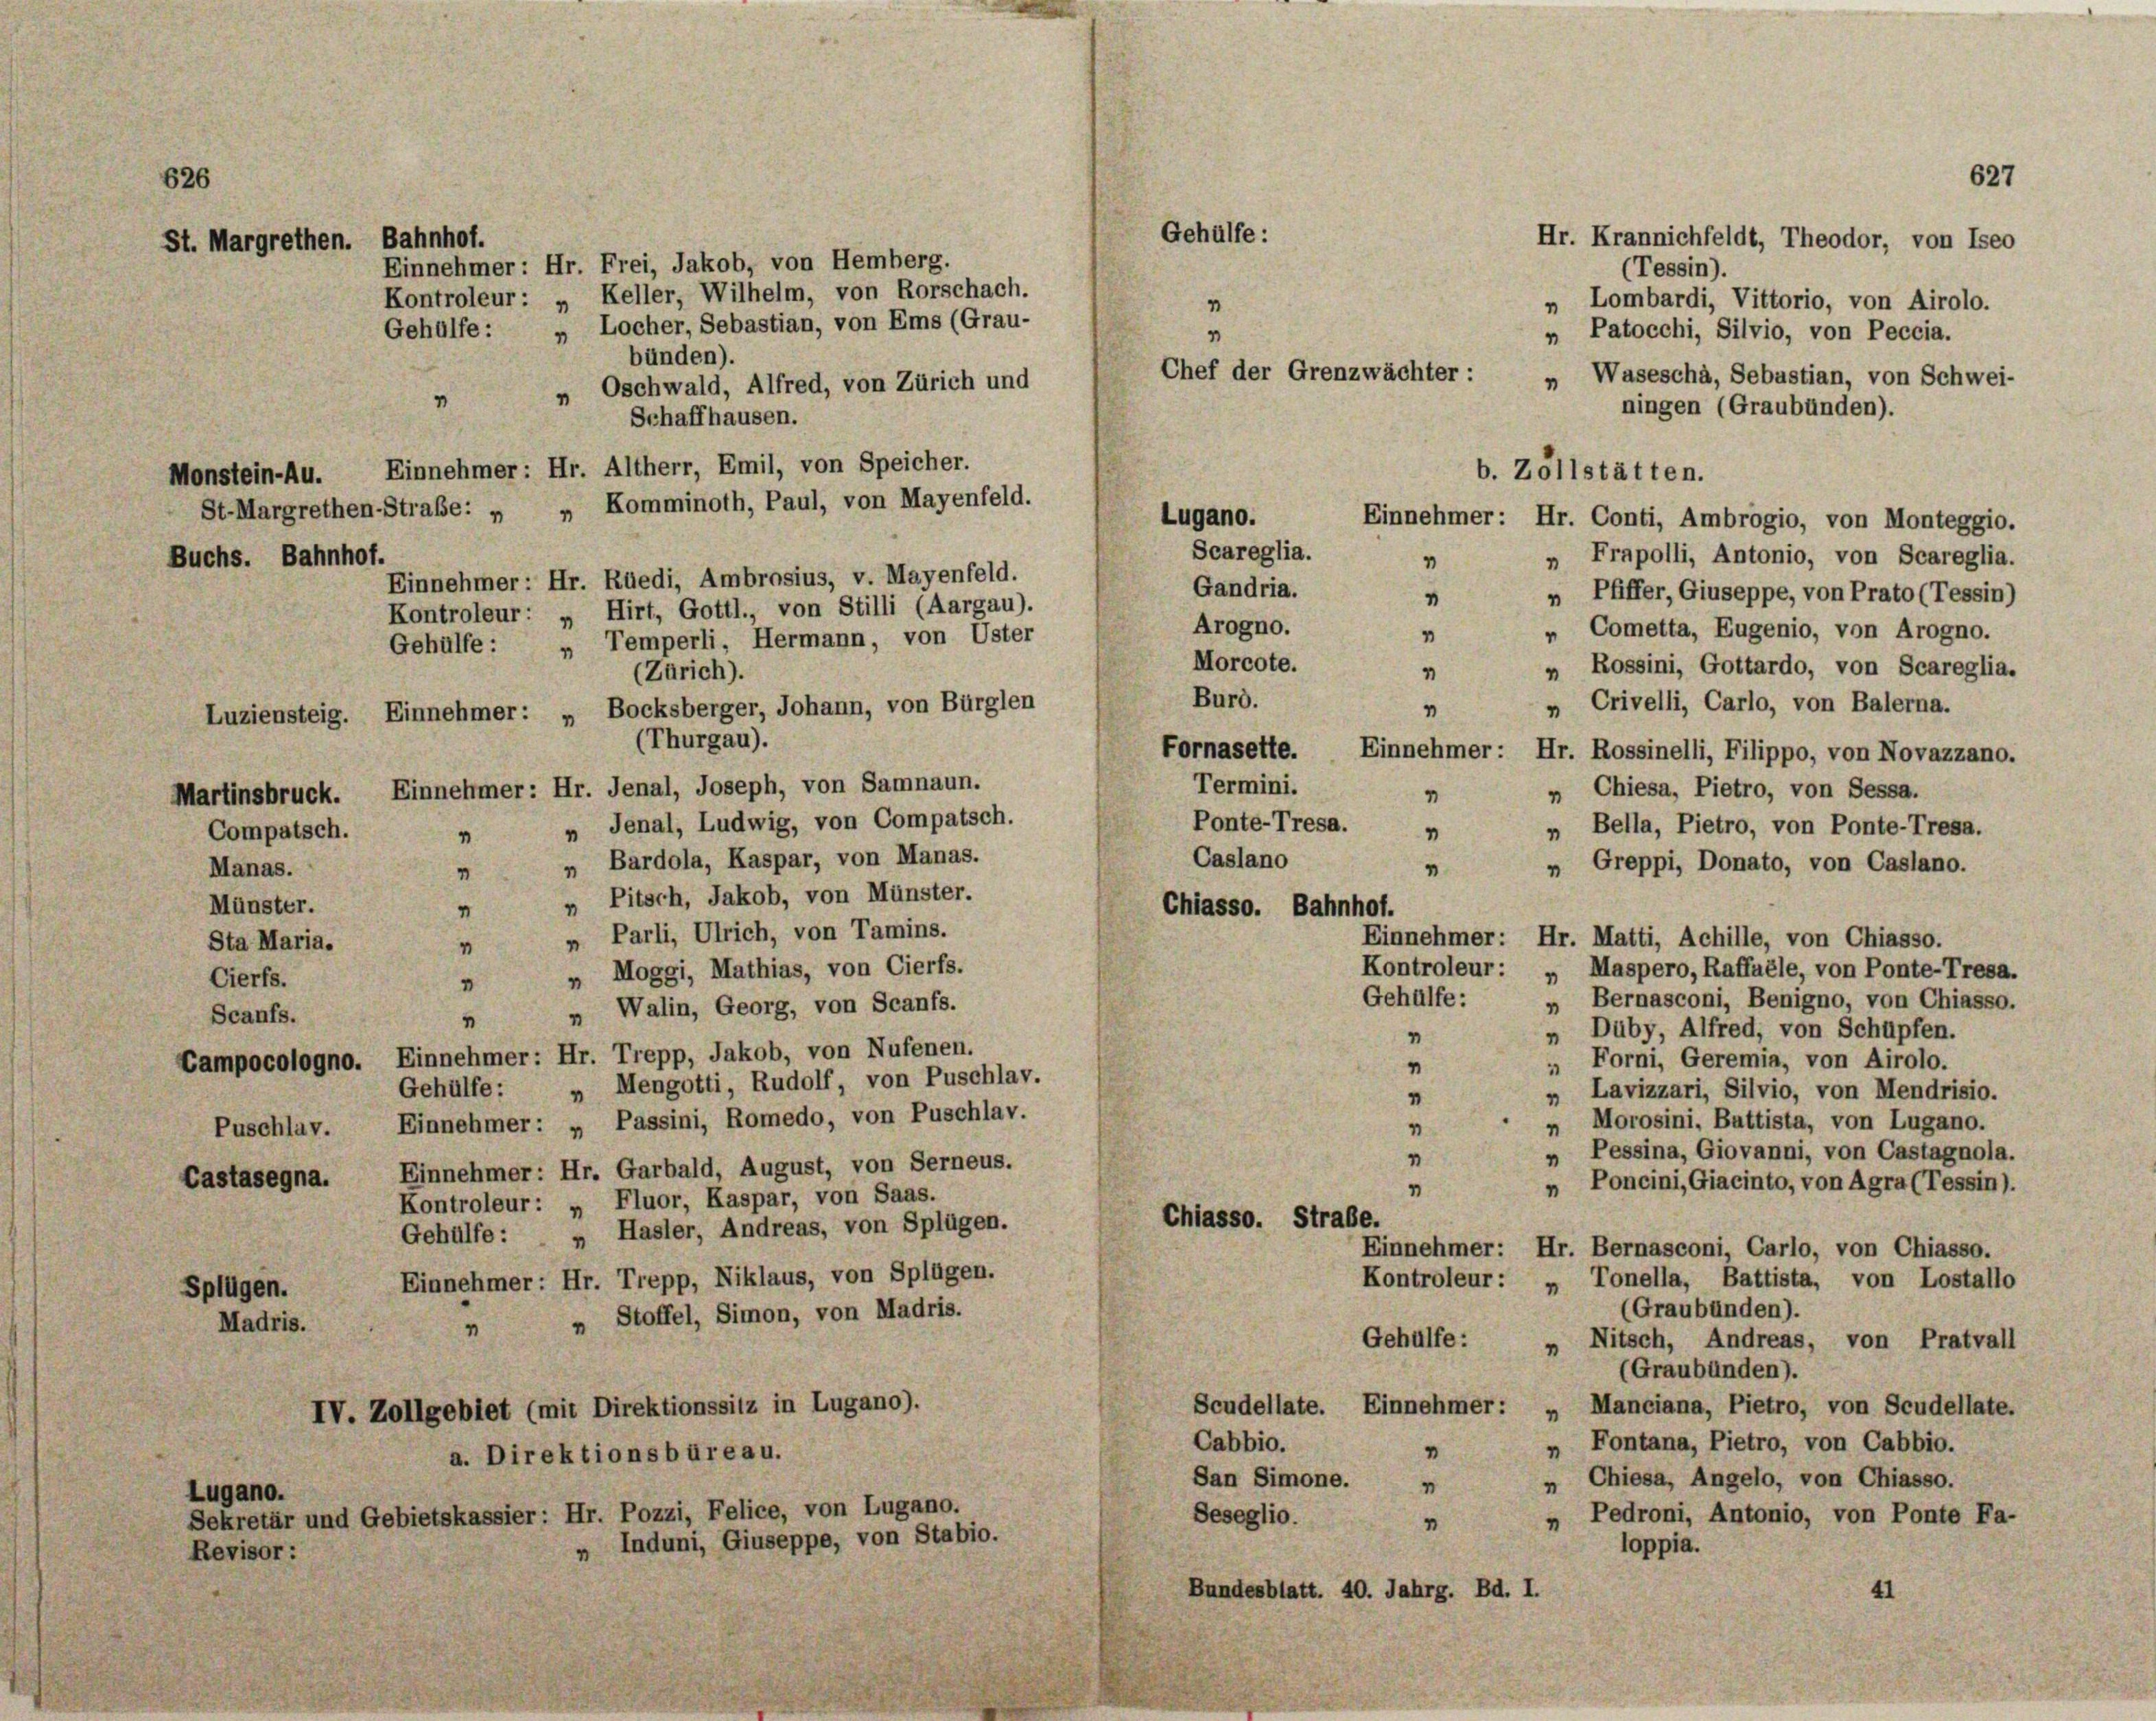
St. Margrethen. Bahnhof.

626

Einnehmer: Hr. Frei, Jakob, von Hemberg.
Kontroleur: „ Keller, Wilhelm, von Rorschach.
Gehülfe: „ Locher, Sebastian, von Ems (Grau-
bünden).
„ Oschwald, Alfred, von Zürich und
“
Schaffhausen.
Monstein-Au. Einnehmer: Hr. Altherr, Emil, von Speicher.
St. Margrethen Straße: „ „ Komminoth, Paul, von Mayenfeld.
„ Frnpolli, Antonio, von Scareglia.
Buchs. Bahnhof.
1
Einnehmer: Hr. Rüedi, Ambrosius, v. Mayenfeld.
Gandria.
" Pfiffer, Giuseppe, von Prato (Tessin)
“
Kontroleur: „ Hirt, Gottl., von Stilli (Aargau).
Arogno.
„ Cometta, Eugenio, von Arogno.
"
Temperli, Hermann, von Uster
Gehülfe :
4
Morcote.
Rossini, Gottardo, von Scareglia.
4
1
(Zürich).
Burd.
Bocksberger, Johann, von Bürglen
1
Luziensteig. Einnehmer: „
(Thurgau).
Fornasette. Einnehmer: Hr. Rossinelli, Filippo, von Novazzano.
Termini.
Martinsbruck. Einnehmer: Hr. Jenal, Joseph, von Samnaun.
„ Chiesa, Pietro, von Sessa.
1
„ Jenal, Ludwig, von Compatsch.
Ponte-Tresa.
„ Bella, Pietro, von Ponte-Tresa.
Compatsch.
“
4
Caslano
„ Bardola, Kaspar, von Manas.
„ Greppi, Donato, von Caslano.
4
4
„ Pitsch, Jakob, von Münster.
4
Chiasso. Bahnhof.
„ Parli, Ulrich, von Tamins.
Einnehmer: Hr. Matti, Achille, von Chiasso.
Sta Maria.
4
Kontroleur: „ Maspero, Raffalle, von Ponte-Tresa.
„ Moggi, Mathias, von Cierfs.
Cierfs.
“
Gehülfe:
„ Bernasconi, Benigno, von Chiasso.
 „ Walin, Georg, von Scanfs.
Scanfs.
„ Düby, Alfred, von Schüpfen.
“
Campocologno. Einnehmer: Hr. Trepp, Jakob, von Nufenen.
 Forni, Geremia, von Airolo.
“
Gehülfe: „ Mengotti, Rudolf, von Puschlav.
„ Lavizzari, Silvio, von Mendrisio.
4
„ Morosini, Battista, von Lugano.
Puschlav. Einnehmer: „ Passini, Romedo, von Puschlav.
1
„ Pessina, Giovanni, von Castagnola.
1
Einnehmer: Hr. Garbald, August, von Serneus.
Castasegna.
„ Poncini, Giacinto, von Agra (Tessin).
1
Kontroleur: „ Fluor, Kaspar, von Saas.
Chiasso. Straße.
Gehülfe:  " Hasler, Andreas, von Splügen.
Einnehmer: Hr. Bernasconi, Carlo, von Chiasso.
Einnehmer: Hr. Trepp, Niklaus, von Splügen.
Kontroleur: „ Tonella, Battista, von Lostallo
Splügen.
(Graubünden).
„ Stoffel, Simon, von Madris.
Madris.
4
Gehülfe:
„ Nitsch, Andreas, von Pratvall
(Graubünden).
Scudellate. Einnehmer: „Manciana, Pietro, von Scudellate.
IV. Zollgebiet (mit Direktionssitz in Lugano).
Cabbio.
„ Fontana, Pietro, von Cabbio.
a. Direktionsbüreau.
“
„ Chiesa, Angelo, von Chiasso.
San Simone.
4
Lugano.
Sekretär und Gebietskassier: Hr. Pozzi, Felice, von Lugano.
Seseglio.
„ Pedroni, Antonio, von Ponte Fa-
1
„ Induni, Giuseppe, von Stabio.
loppia.
Revisor:
Bundesblatt. 40. Jahrg. Bd. I.
41

Manas.
Münster.

Gehülfe :
1
1
Chef der Grenzwächter :
Lugano.
Scareglia.

627

b. Zollstätten.
Einnehmer: Hr. Conti, Ambrogio, von Monteggio.

„ Waseschä, Sebastian, von Schwei-
ningen (Graubünden).

„ Crivelli, Carlo, von Balerna.

Hr. Krannichfeldt, Theodor, von Iseo
(Tessin).
„ Lombardi, Vittorio, von Airolo.
Patocchi, Silvio, von Peccia.
1